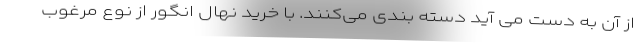
از آن به دست می آید دسته بندی می‌کنند. با خرید نهال انگور از نوع مرغوب